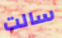
سالت